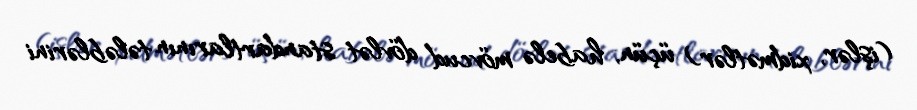
(işlər, xidmətlər) üçün, habelə mövcud dövlət standartlarının tələblərini